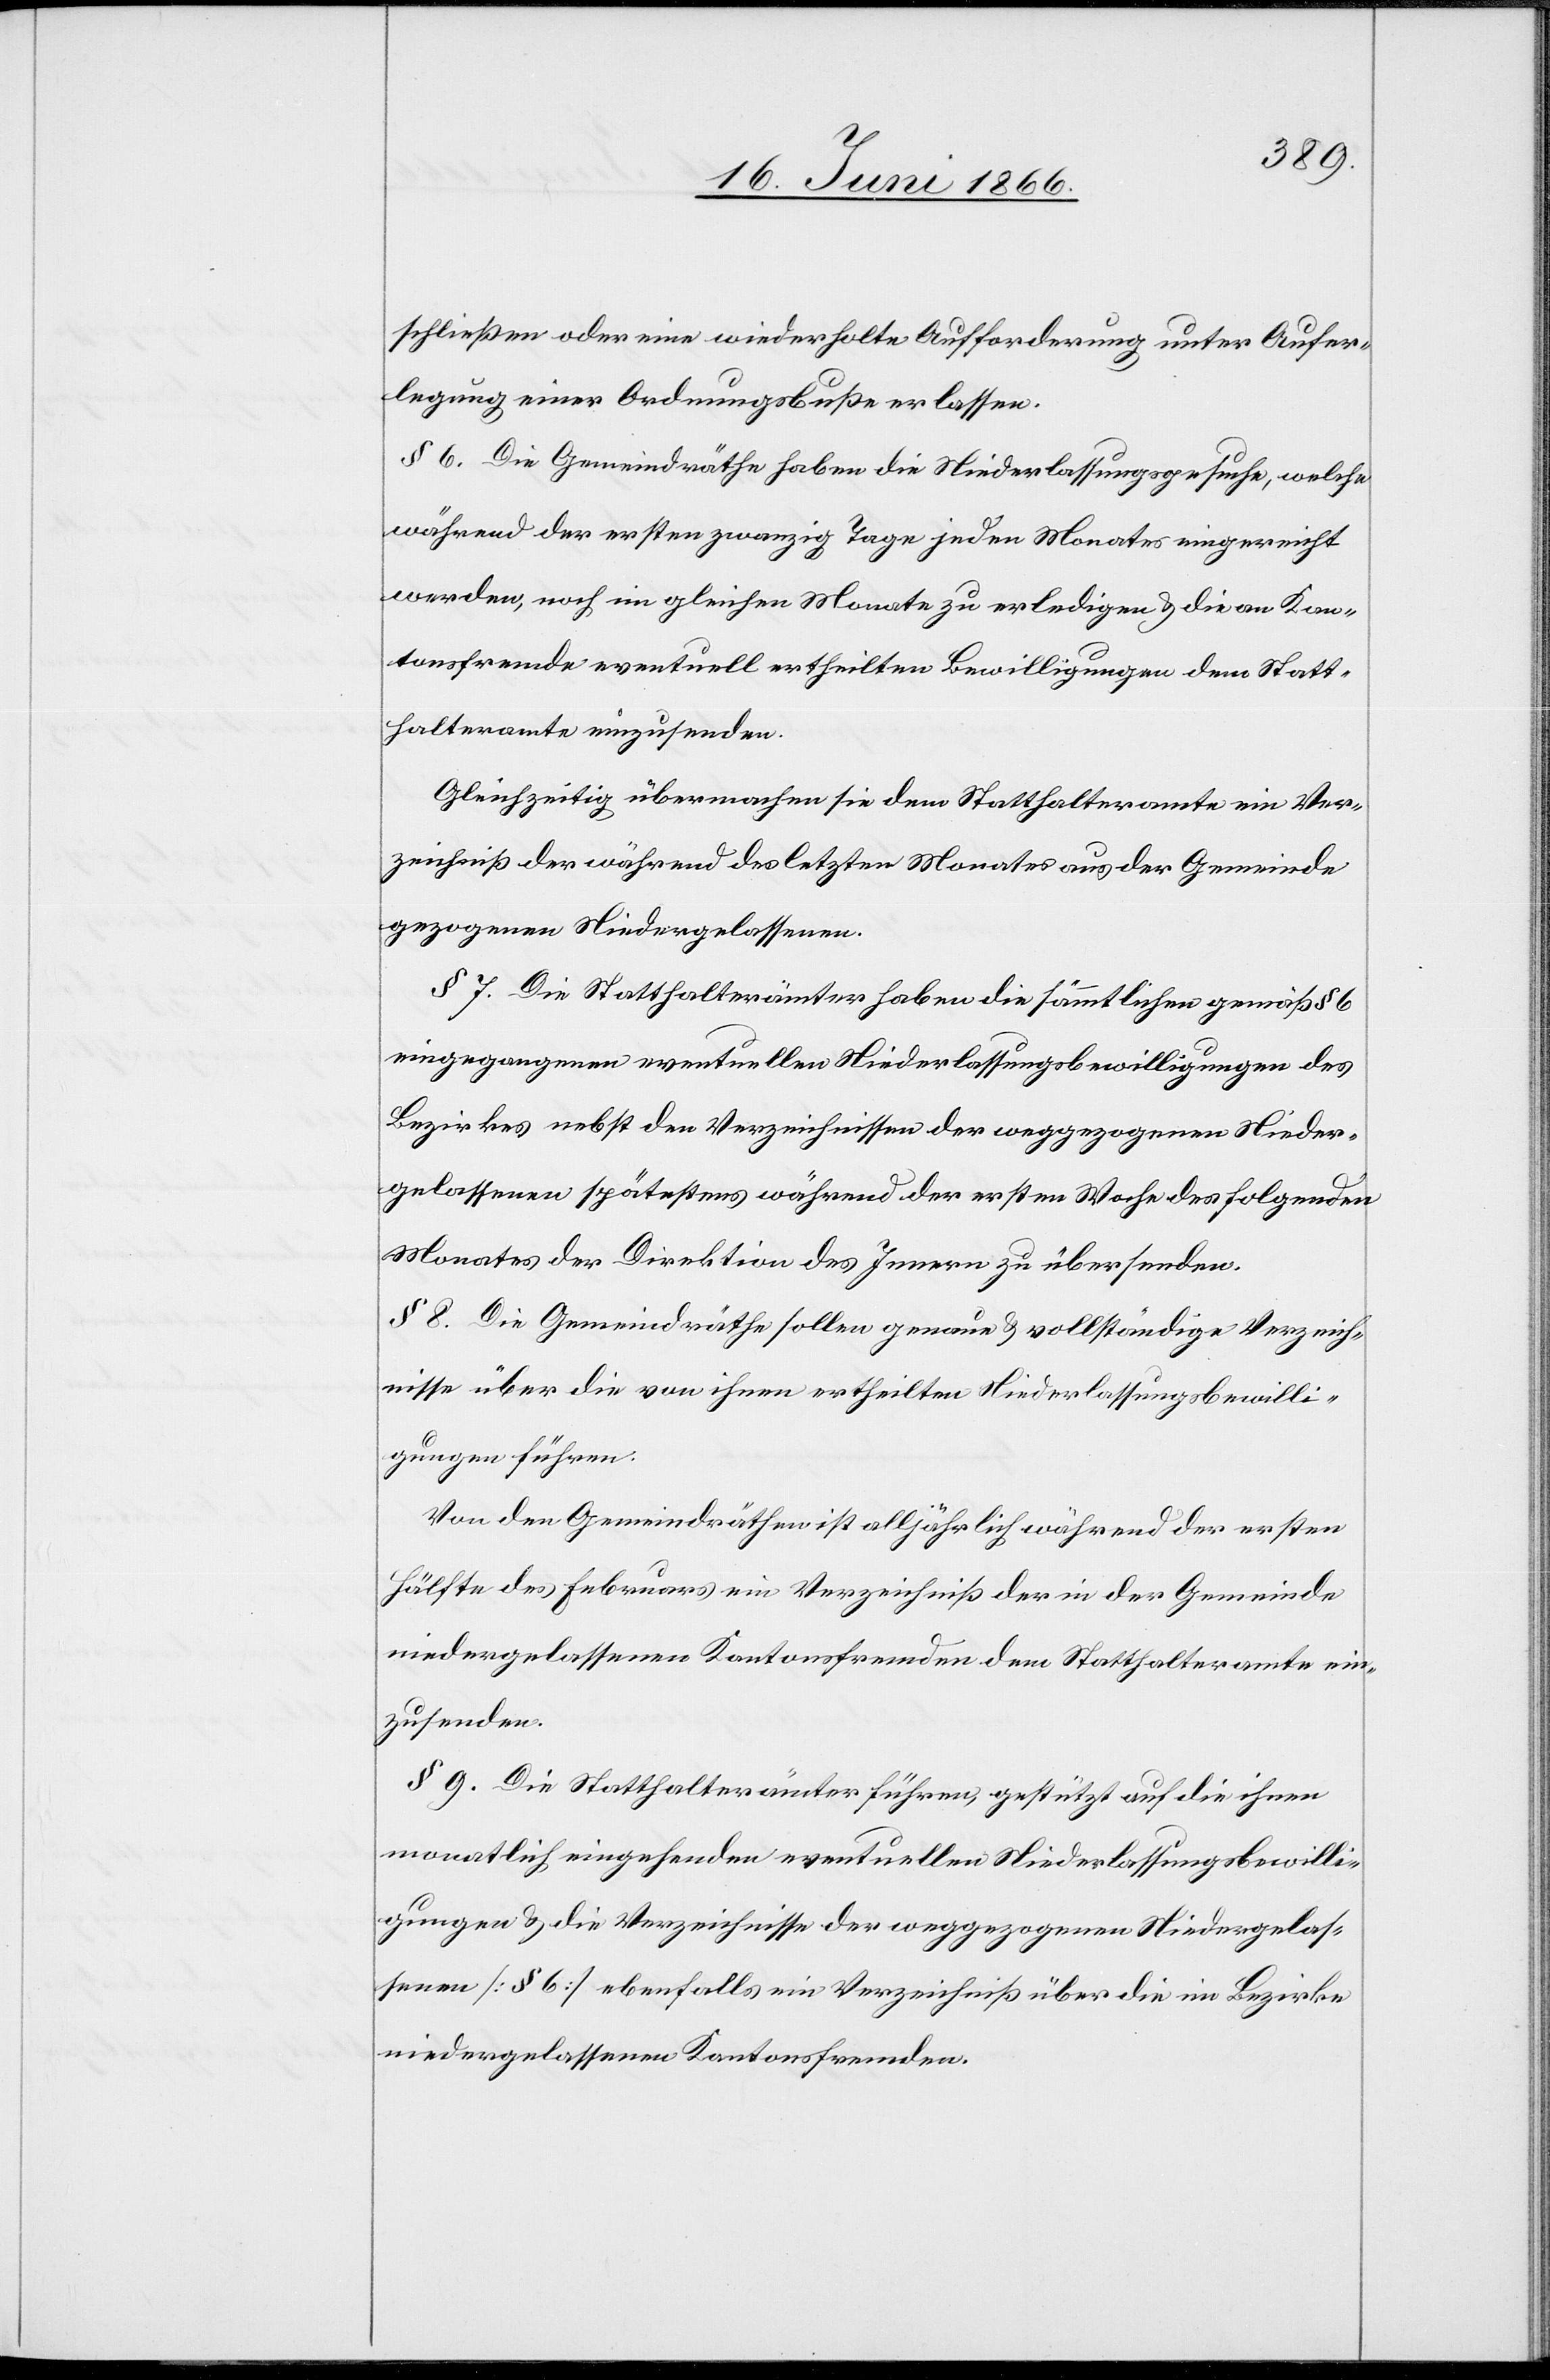
schließen oder eine wiederholte Aufforderung unter Aufer¬
legung einer Ordnungsbuße erlassen.
§ 6. Die Gemeindräthe haben die Niederlassungsbewilligung, welche
während der ersten zwanzig Tage jeden Monates eingereicht
werden, noch im gleichen Monate zu erledigen u. die an Kan¬
tonsfremde eventuell ertheilten Bewilligungen dem Statt¬
halteramte einzusenden.
Gleichzeitig übermachen sie dem Statthalteramte ein Ver¬
zeichniß der während des letzten Monates aus der Gemeinde
gezogenen Niedergelassenen.
§ 7. Die Statthalterämter haben die sämmtlichen gemäß § 6
eingegangenen eventuellen Niederlassungsbewilligungen des
Bezirkes nebst den Verzeichnissen der weggezogenen Nieder¬
gelassenen spätestens während der ersten Woche des folgenden
Monates der Direktion des Innern zu übersenden.
§ 8. Die Gemeindräthe sollen genaue u. vollständige Verzeich¬
nisse über die von ihnen ertheilten Niederlassungsbewilli¬
gungen führen.
Von den Gemeindräthen ist alljährlich während der ersten
Hälfte des Februars ein Verzeichniß der in der Gemeinde
niedergelassenen Kantonsfremden dem Statthalteramte ein¬
zusenden.
§ 9. Die Statthalterämter führen, gestützt auf die ihnen
monatlich eingehenden eventuellen Niederlassungsbewilli¬
gungen u. die Verzeichnisse der weggezogenen Niedergelas¬
senen [§ 6] ebenfalls ein Verzeichniß über die im Bezirke
niedergelassenen Kantonsfremden.